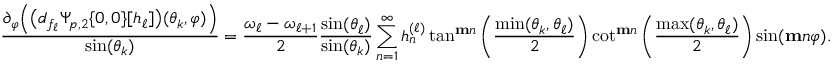
\frac { \partial _ { \varphi } \Big ( \big ( d _ { f _ { \ell } } \Psi _ { p , 2 } \{ 0 , 0 \} [ h _ { \ell } ] \big ) ( \theta _ { k } , \varphi ) \Big ) } { \sin ( \theta _ { k } ) } = \frac { \omega _ { \ell } - \omega _ { \ell + 1 } } { 2 } \frac { \sin ( \theta _ { \ell } ) } { \sin ( \theta _ { k } ) } \sum _ { n = 1 } ^ { \infty } h _ { n } ^ { ( \ell ) } \tan ^ { \mathbf { m } n } \left( \frac { \operatorname* { m i n } ( \theta _ { k } , \theta _ { \ell } ) } { 2 } \right) \cot ^ { \mathbf { m } n } \left( \frac { \operatorname* { m a x } ( \theta _ { k } , \theta _ { \ell } ) } { 2 } \right) \sin ( \mathbf { m } n \varphi ) .